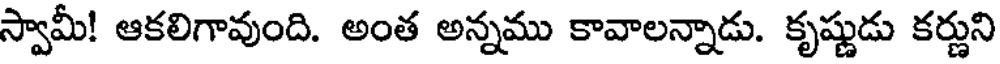
స్వామీ! ఆకలిగావుంది. అంత అన్నము కావాలన్నాడు. కృష్ణుడు కర్ణుని